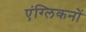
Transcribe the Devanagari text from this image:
एंग्लिकनों